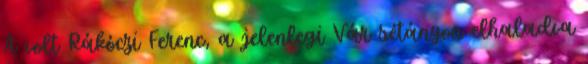
A volt Rákóczi Ferenc, a jelenlegi Vár sétányon elhaladva